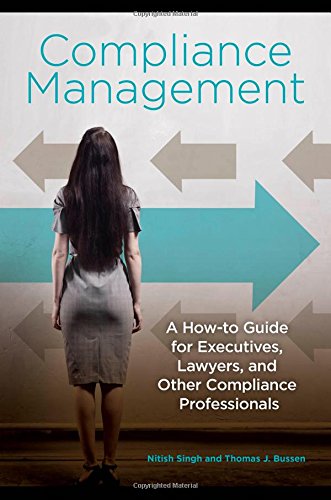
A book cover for Compliance Management: A How-to Guide for Executives, Lawyers, and Other Compliance Professionals; Nitish Singh Ph.D.; Law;